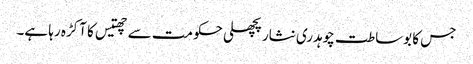
جس کا بوساطت چوہدری نثار پچھلی حکومت سے چھتیس کا آکڑہ رہا ہے۔